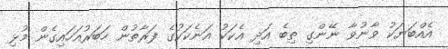
އެއްބަޔަކު ވާނުވާ ނޭންގި ތިބެ އަދި އެކަކު އަނެކަކުގެ ފަރާތުން ހަބަރުއަހައިގެން މުޅި